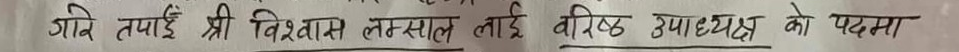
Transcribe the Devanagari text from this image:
गदि तपाईं श्री विश्वान लम्साल लाई वरिष्ठ उपाध्यक्ष को पदमा